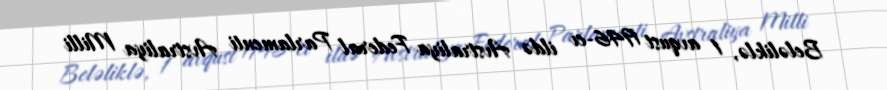
Beləliklə, 1 avqust 1946-cı ildə Avstraliya Federal Parlamenti Avstraliya Milli